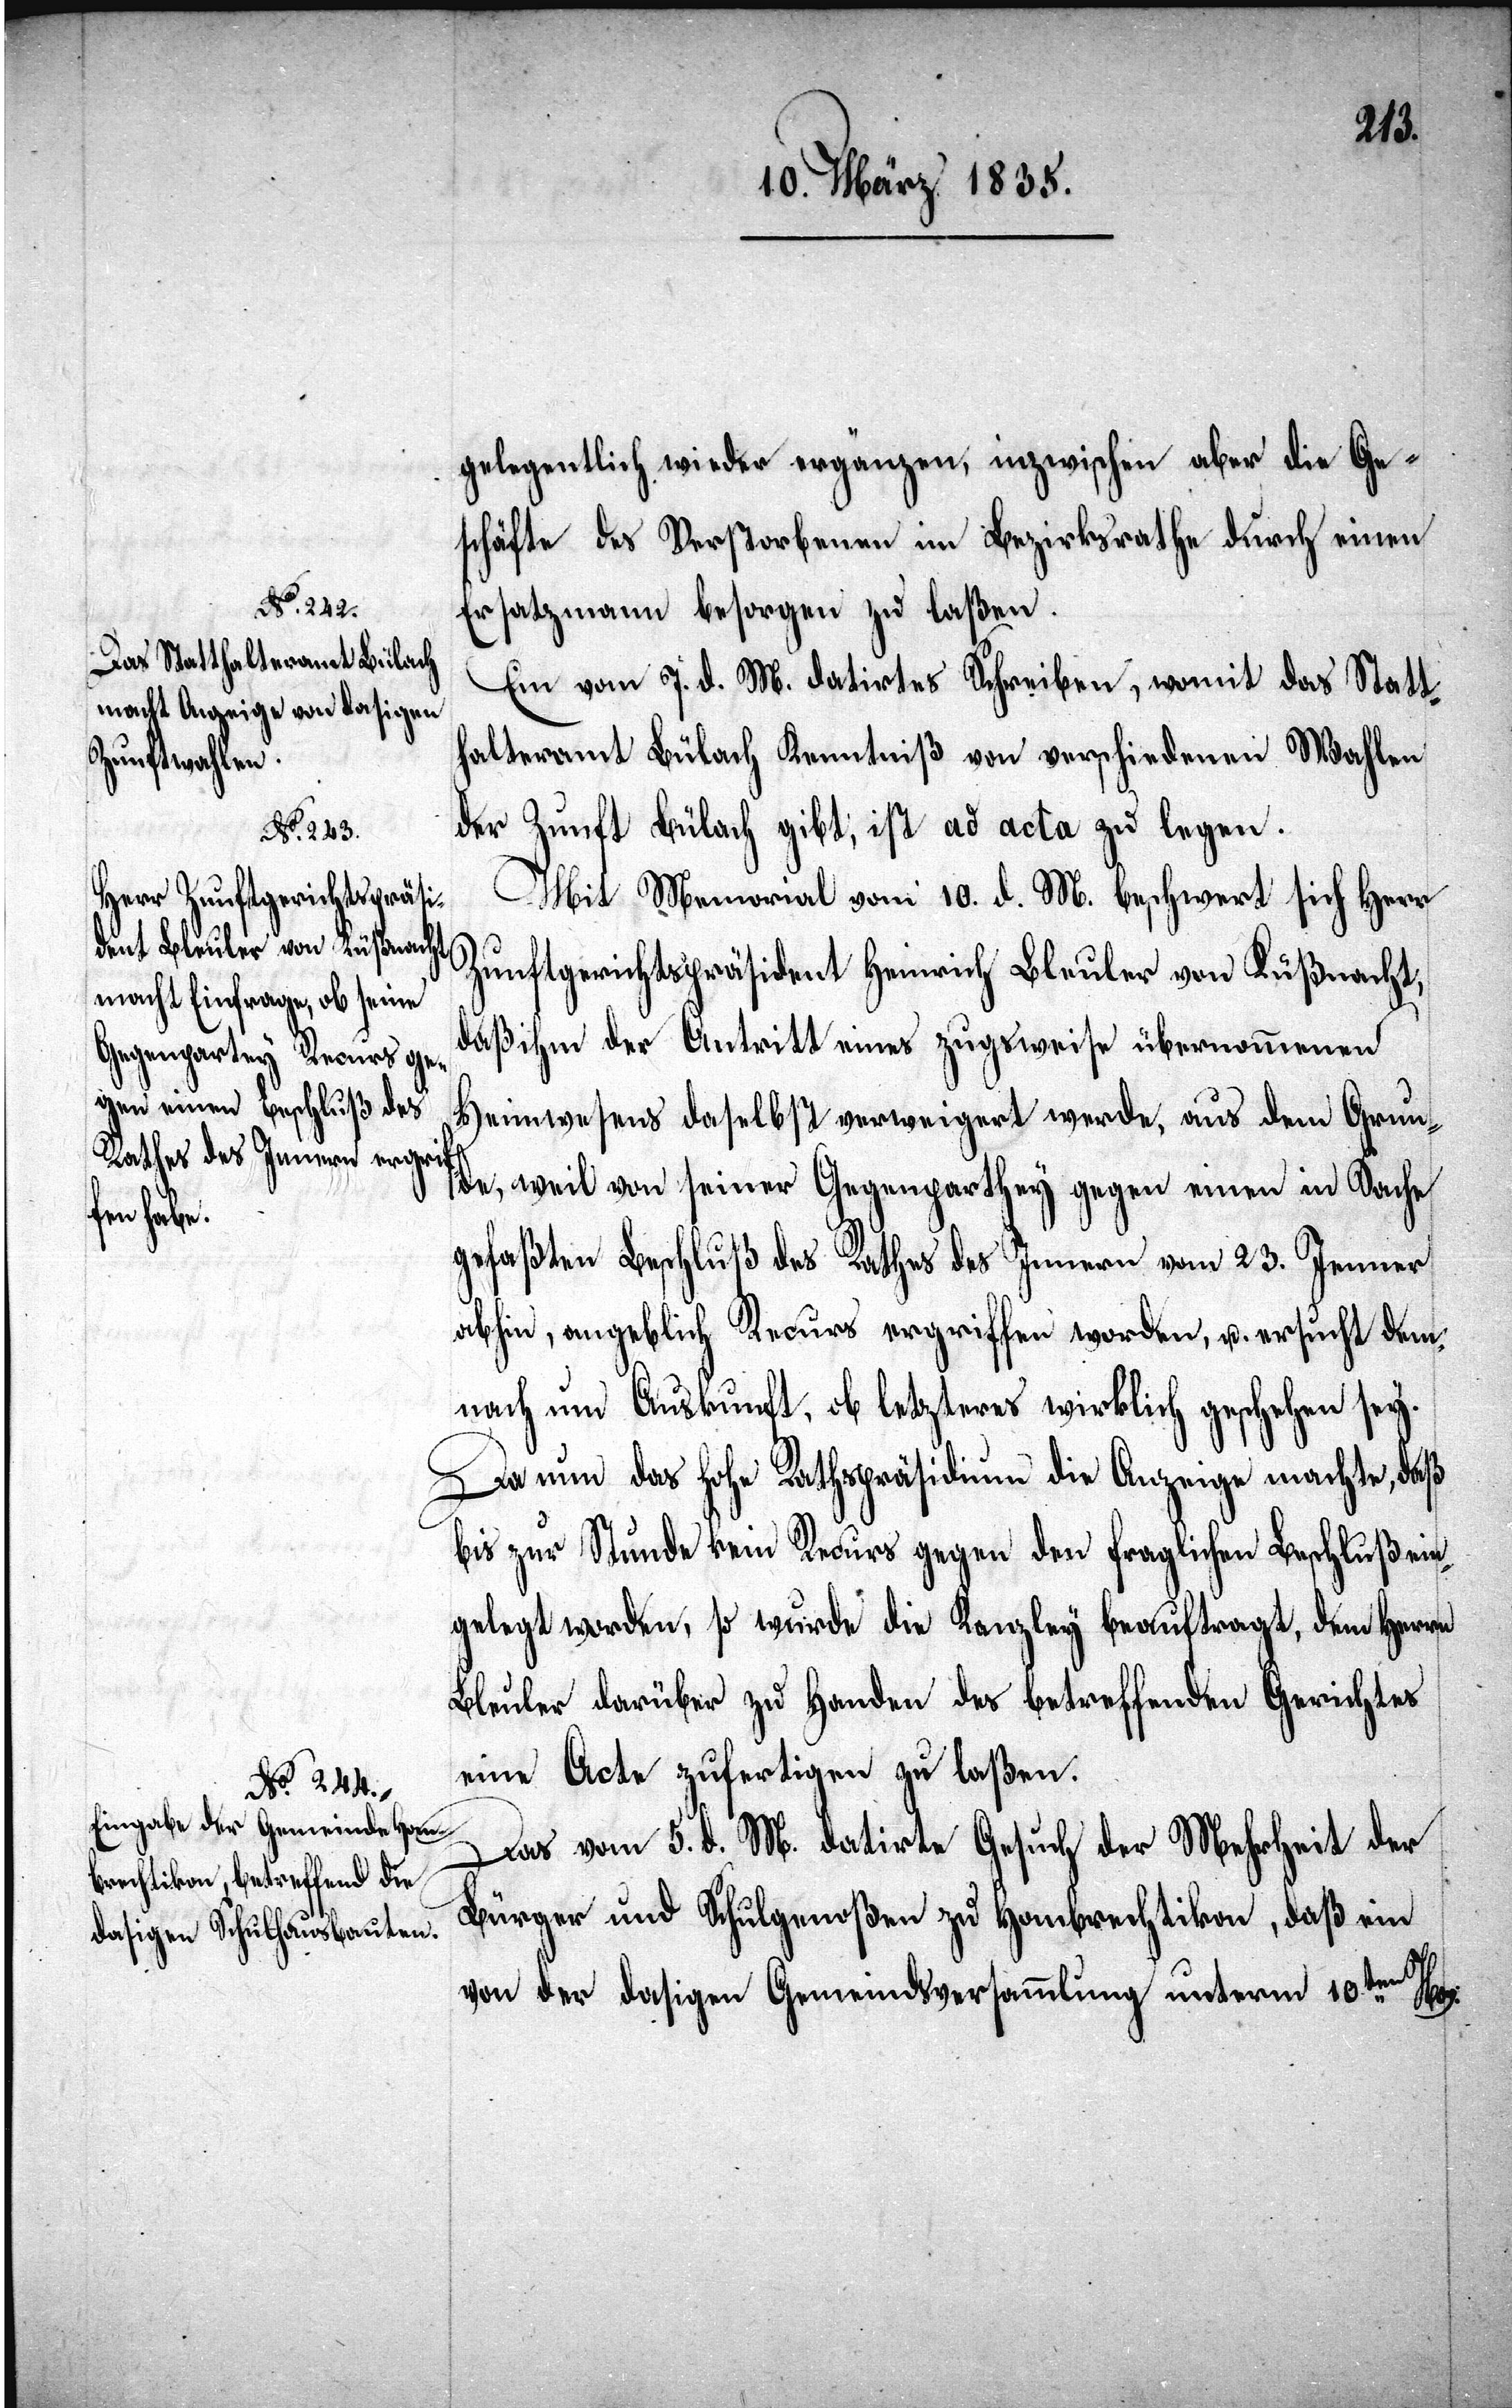
gelegentlich wieder ergänzen, inzwischen aber die Ge¬
schäfte des Verstorbenen im Bezirksrathe durch einen
Ersatzmann besorgen zu laßen.
Ein vom 7. d. M. datirtes Schreiben, womit das Statt¬
halteramt Bülach Kenntniß von verschiedenen Wahlen
der Zunft Bülach gibt, ist ad acta zu legen.
Mit Memorial vom 10. d. M. beschwert sich Herr
Zunftgerichtspräsident Heinrich Bleuler von Küßnacht,
daß ihm der Antritt eines zugsweise übernommenen
Heimwesens daselbst verweigert werde, aus dem Grun¬
de, weil von seiner Gegenparthey gegen einen in Sache
gefaßten Beschluß des Rathes des Innern vom 23. Januar
abhin, angeblich Recurs ergriffen worden, u. ersucht dem¬
nach um Auskunft, ob letzteres wirklich geschehen sey.
Da nun das hohe Rathspräsidium die Anzeige machte, daß
bis zur Stunde kein Recurs gegen den fraglichen Beschluß ein¬
gelegt worden, so wurde die Kanzley beauftragt, dem Herrn
Bleuler darüber zu Handen des betreffenden Gerichtes
eine Acte zufertigen zu laßen.
Das vom 5. d. M. datirte Gesuch der Mehrheit der
Bürger und Schulgenoßen zu Hombrechtikon, daß ein
von der dasigen Gemeindsversammlung unterm 10ten Nov: